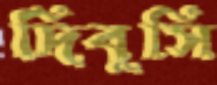
দিবুসি